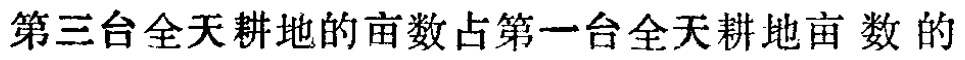
第三台全天耕地的亩数占第一台全天耕地亩数的